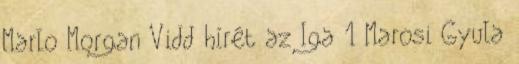
Marlo Morgan Vidd hírét az Iga 1 Marosi Gyula